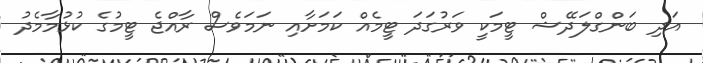
އަދި ބަންގްލަދޭޝް ޓީމަކީ ވަރުގަދަ ޓީމެއް ކަމަށާއި ނަމަވެސް ރާއްޖެ ޓީމުގެ ކުޅުމާމެދު